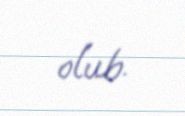
olub.